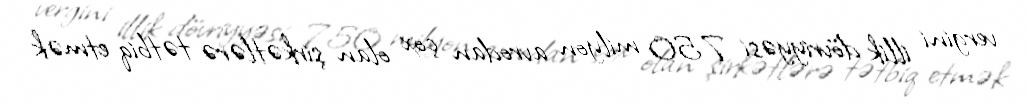
vergini illik dövriyyəsi 750 milyon avrodan çox olan şirkətlərə tətbiq etmək